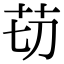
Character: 苆